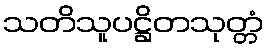
သတိသူပဋ္ဌိတသုတ္တံ